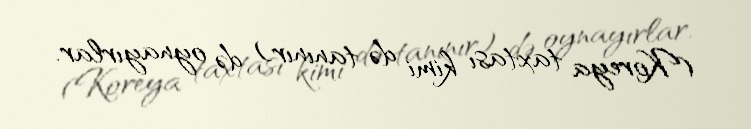
(Koreya taxtası kimi də tanınır) də oynayırlar.